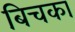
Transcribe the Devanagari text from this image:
बिचका